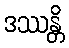
ဒဿန္တိ